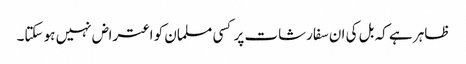
ظاہر ہے کہ بل کی ان سفارشات پر کسی مسلمان کو اعتراض نہیں ہو سکتا۔